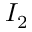
I _ { 2 }